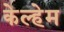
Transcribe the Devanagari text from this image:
केल्हेम